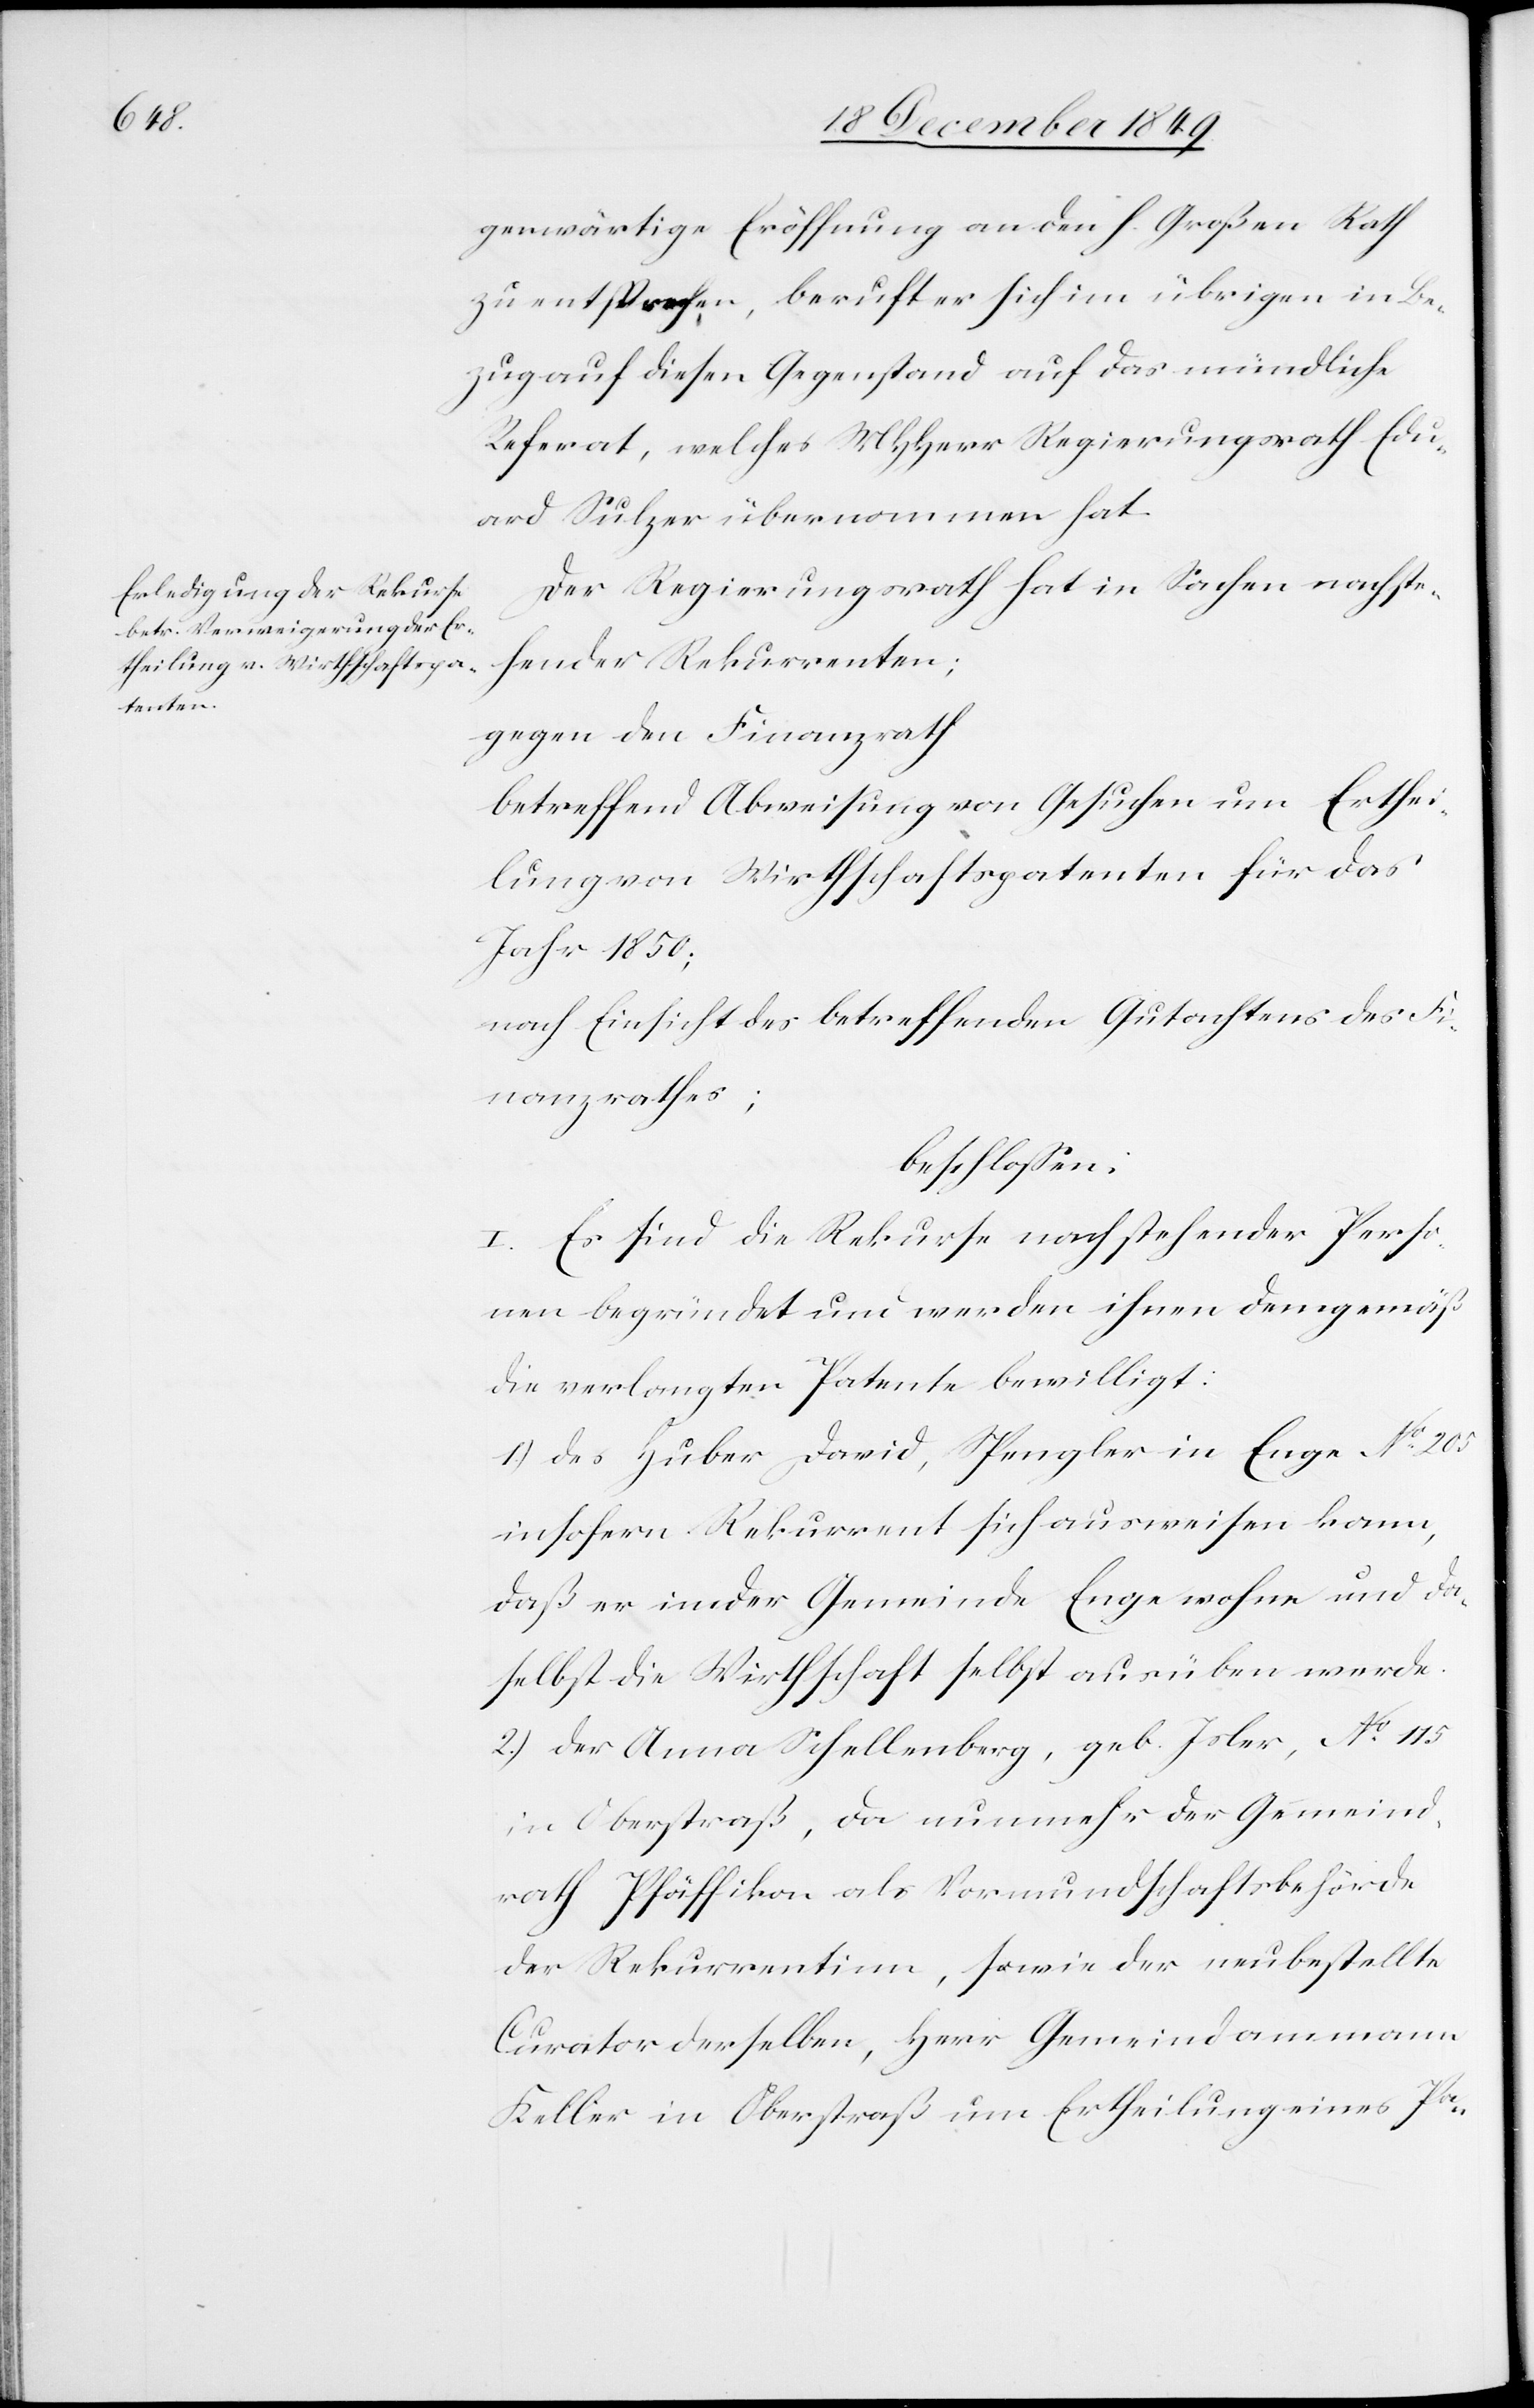
genwärtige Eröffnung an den Großen Rath
zu entsprechen, beruft er sich im übrigen in Be¬
zug auf diesen Gegenstand auf das mündliche
Referat, welches MHHerr Regierungsrath Edu¬
ard Sulzer übernommen hat.
Der Regierungsrath hat in Sachen nachste¬
hender Rekurrenten;
gegen den Finanzrath
betreffend Abweisung von Gesuchen um Erthei¬
lung von Wirthschaftspatenten für das
Jahr 1850;
nach Einsicht des betreffenden Gutachtens des Fi¬
nanzrathes;
beschloßen:
I. Es sind die Rekurse nachstehender Perso¬
nen begründet und werden ihnen demgemäß
die verlangten Patente bewilligt:
1.) des Huber David, Spengler in Enge N° 205
insofern Rekurrent sich ausweisen kann,
daß er in der Gemeinde Enge wohne und da¬
selbst die Wirthschaft selbst ausüben werde.
2.) der Anna Schellenberg, geb. Isler, N° 115
in Oberstraß, da nunmehr der Gemeind¬
rath Pfäffikon als Vormundschaftsbehörde
der Rekurrentinn, sowie der neubestellte
Curator derselben, Herr Gemeindammann
Keller in Oberstraß um Ertheilung eines Pa-